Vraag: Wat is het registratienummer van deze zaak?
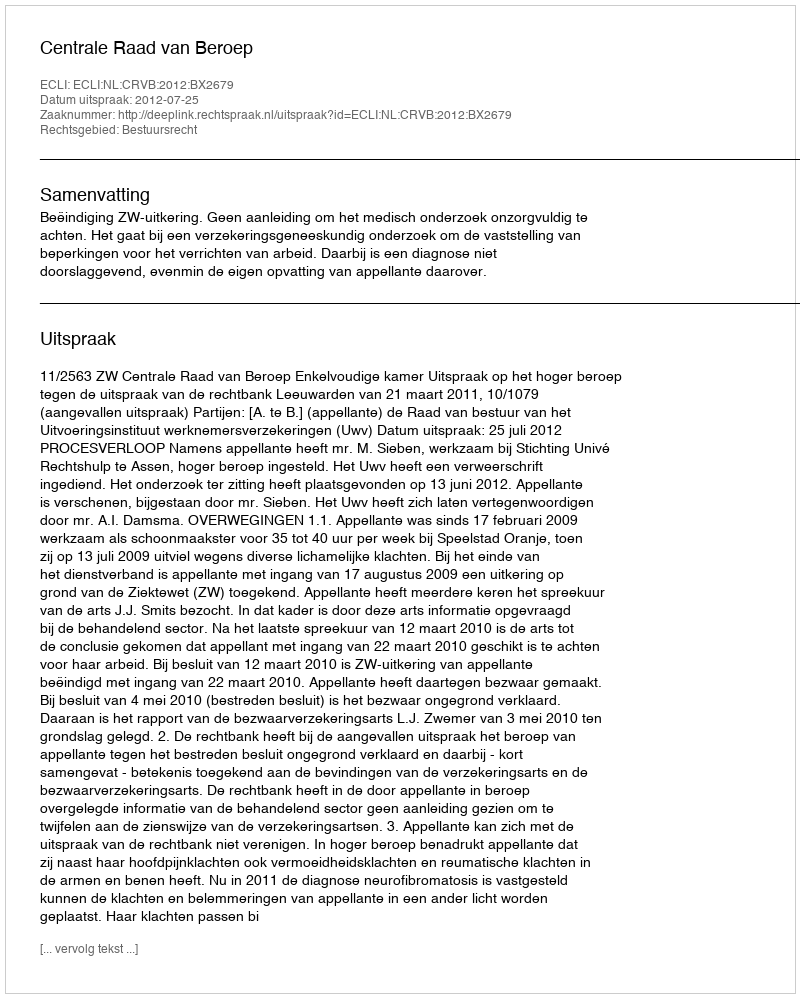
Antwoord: http://deeplink.rechtspraak.nl/uitspraak?id=ECLI:NL:CRVB:2012:BX2679